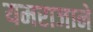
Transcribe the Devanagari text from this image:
यमराजाने